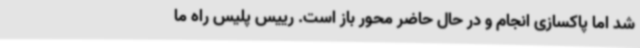
شد اما پاکسازی انجام و در حال حاضر محور باز است. رییس پلیس راه ما